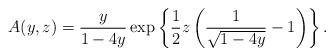
LaTeX: \begin{align*}A(y,z)={y\over1-4y}\exp\left\{\frac12z\left(\frac1{\sqrt{1-4y}}-1\right)\right\}.\end{align*}